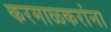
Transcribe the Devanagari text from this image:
करमाळकरांना